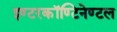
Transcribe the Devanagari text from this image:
इण्टरकॉण्टिनेण्टल